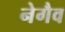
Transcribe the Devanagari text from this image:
नेगैव